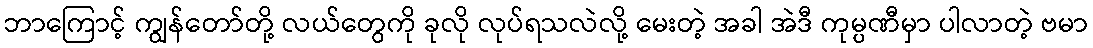
ဘာကြောင့် ကျွန်တော်တို့ လယ်တွေကို ခုလို လုပ်ရသလဲလို့ မေးတဲ့ အခါ အဲဒီ ကုမ္ပဏီမှာ ပါလာတဲ့ ဗမာ